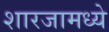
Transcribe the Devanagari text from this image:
शारजामध्ये